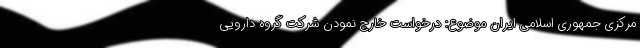
مرکزی جمهوری اسلامی ایران موضوع: درخواست خارج نمودن شرکت گروه دارویی